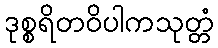
ဒုစ္စရိတဝိပါကသုတ္တံ